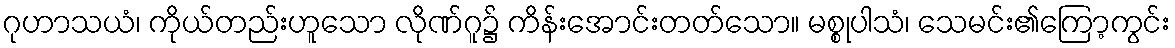
ဂုဟာသယံ၊ ကိုယ်တည်းဟူသော လိုဏ်ဂူ၌ ကိန်းအောင်းတတ်သော။ မစ္စုပါသံ၊ သေမင်း၏ကြော့ကွင်း